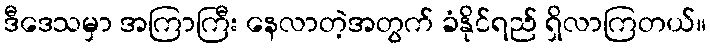
ဒီဒေသမှာ အကြာကြီး နေလာတဲ့အတွက် ခံနိုင်ရည် ရှိလာကြတယ်။